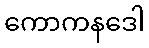
ကောကနဒေါ